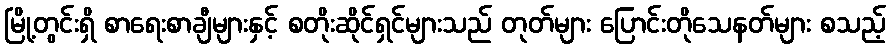
မြို့တွင်းရှိ စာရေးစာချီများနှင့် စတိုးဆိုင်ရှင်များသည် တုတ်များ ပြောင်းတိုသေနတ်များ စသည့်